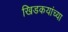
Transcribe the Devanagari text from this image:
खिडकयांच्या